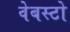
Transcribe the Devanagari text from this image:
वेबस्टो